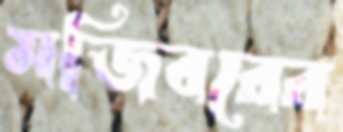
মজিবরের